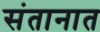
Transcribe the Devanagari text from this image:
संतानात